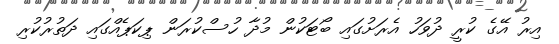
އިރު އޭގެ ކުރީ ދުވަހު އެރަށުގައި ބޯޓަކުން މުދާ ހުސްކުރަން ޕިކަޕެއްގައި ދަތުރުކުރި